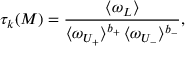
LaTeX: \tau _ { k } ( { \cal M } ) = \frac { \langle \omega _ { \cal L } \rangle } { \langle \omega _ { { \cal U } _ { + } } \rangle ^ { b _ { + } } \, \langle \omega _ { { \cal U } _ { - } } \rangle ^ { b _ { - } } } \mathrm { , }